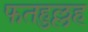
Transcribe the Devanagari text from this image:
फतहुल्लह